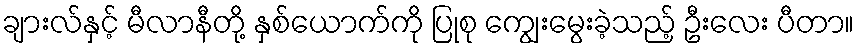
ချားလ်နှင့် မီလာနီတို့ နှစ်ယောက်ကို ပြုစု ကျွေးမွေးခဲ့သည့် ဦးလေး ပီတာ။